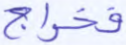
فخراج